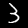
Digit: 3